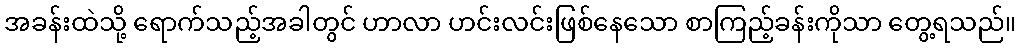
အခန်းထဲသို့ ရောက်သည့်အခါတွင် ဟာလာ ဟင်းလင်းဖြစ်နေသော စာကြည့်ခန်းကိုသာ တွေ့ရသည်။